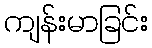
ကျန်းမာခြင်း